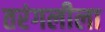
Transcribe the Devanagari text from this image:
तरंगलीला